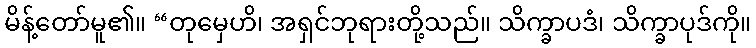
မိန့်တော်မူ၏။ “တုမှေဟိ၊ အရှင်ဘုရားတို့သည်။ သိက္ခာပဒံ၊ သိက္ခာပုဒ်ကို။